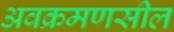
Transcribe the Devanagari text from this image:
अवक्रमणसील